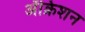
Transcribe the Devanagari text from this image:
ॲक्रिशन